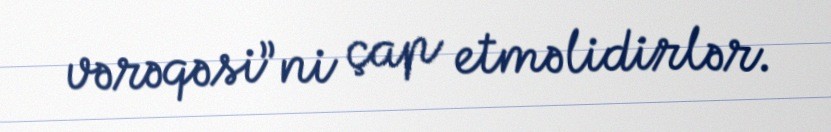
vərəqəsi”ni çap etməlidirlər.